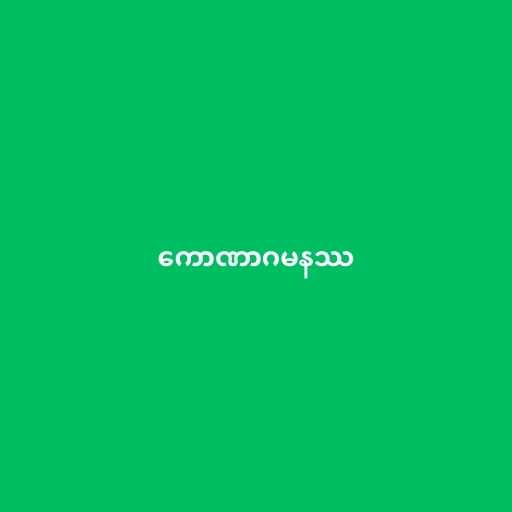
ကောဏာဂမနဿ